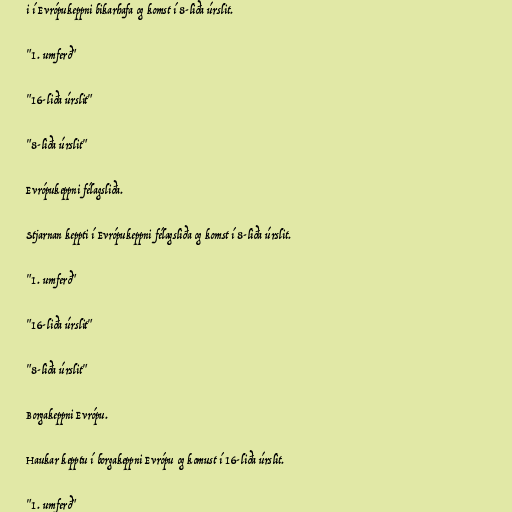
i í Evrópukeppni bikarhafa og komst í 8-liða úrslit.

"1. umferð"

"16-liða úrslit"

"8-liða úrslit"

Evrópukeppni félagsliða.

Stjarnan keppti í Evrópukeppni félagsliða og komst í 8-liða úrslit.

"1. umferð"

"16-liða úrslit"

"8-liða úrslit"

Borgakeppni Evrópu.

Haukar kepptu í borgakeppni Evrópu og komust í 16-liða úrslit.

"1. umferð"